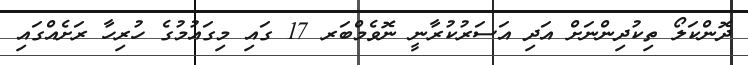
ދޮންކަލޯ ތިކުދިންނަށް އަދި އަސަރުކުރާނީ ނޮވެމްބަރ 17 ގައި މިގައުމުގެ ހުރިހާ ރަށެއްގައި